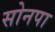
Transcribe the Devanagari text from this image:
सोनपा